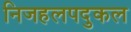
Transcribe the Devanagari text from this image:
निजहलपदुकल